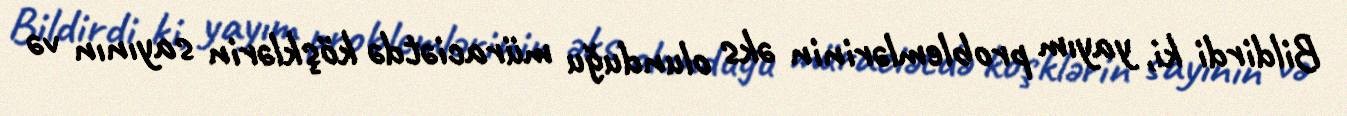
Bildirdi ki, yayım problemlərinin əks olunduğu müraciətdə köşklərin sayının və